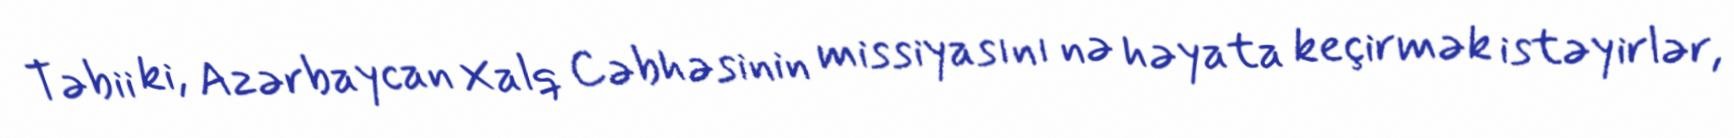
Təbii ki, Azərbaycan Xalq Cəbhəsinin missiyasını nə həyata keçirmək istəyirlər,